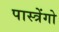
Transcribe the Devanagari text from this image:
पास्त्रेंगो